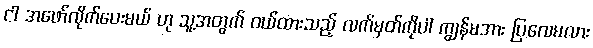
ငါ အဖော်လိုက်ပေးမယ် ဟု သူ့အတွက် ဝယ်ထားသည့် လက်မှတ်ကိုပါ ကျွန်မအား ပြလေမလား